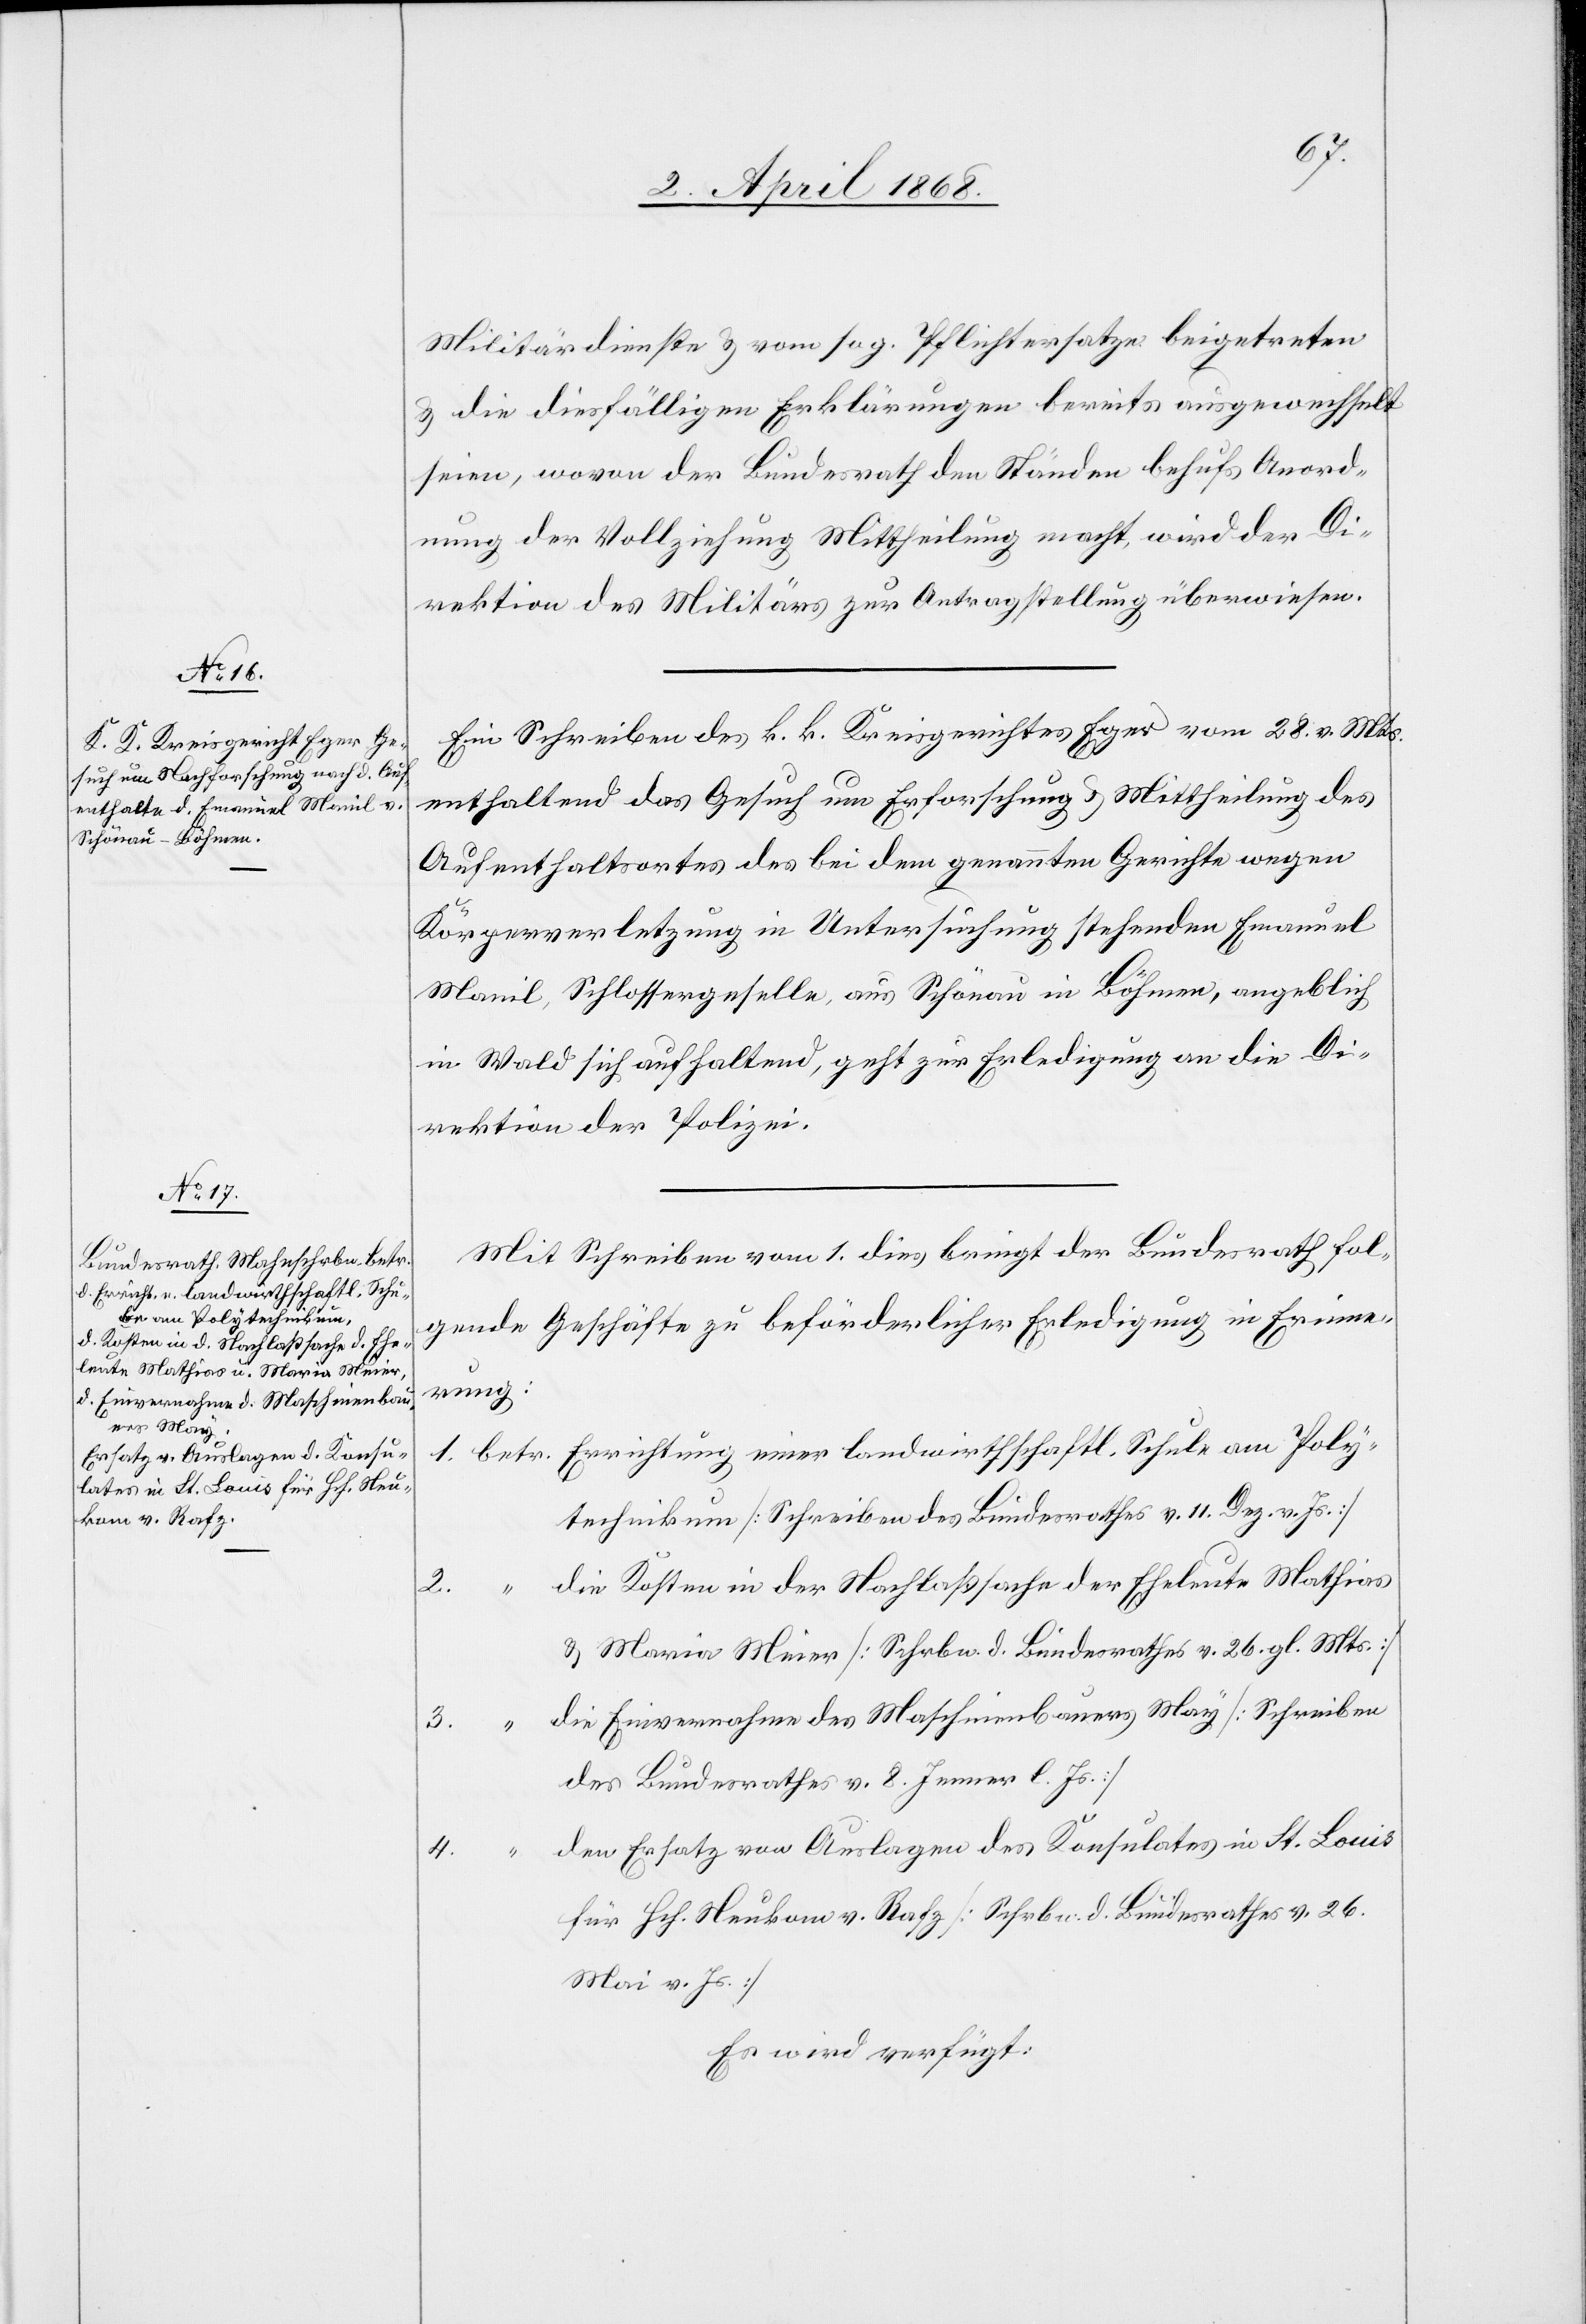
Errichtung einer landwirthschaftl. Schule

2.
3.

Poly¬
Militärdienste & vom sog. Pflichtersatze beigetreten
& die diesfälligen Erklärungen bereits ausgewechselt
seien, wovon der Bundesrath den Ständen behufs Anord¬
nung der Vollziehung Mittheilung macht, wird der Di¬
rektion des Militärs zur Antragstellung überwiesen.
Ein Schreiben des k. k. Kreisgerichtes Eger vom 28. v. Mts.
enthaltend das Gesuch um Erforschung & Mittheilung des
Aufenthaltsortes des bei dem genannten Gerichte wegen
Körperverletzung in Untersuchung stehenden Emanuel
Manil, Schlossergeselle, aus Schönau in Böhmen, angeblich
in Wald sich aufhaltend, geht zur Erledigung an die Di¬
rektion der Polizei.
Mit Schreiben vom 1. dies bringt der Bundesrath fol¬
gende Geschäfte zu beförderlicher Erledigung in Erinne¬
rung:
technikum [Schreiben des Bundesrathes v. 11. Dez. v. Js.]
die Kosten in der Nachlaßsache der Eheleute Mathias
4.
& Maria Meier [Schrbn. d. Bundesrathes v. 26. gl. Mts.]
die Einvernahme des Maschinenbauers May [Schreiben
des Bundesrathes v. 8. Jenner l. Js.]
den Ersatz von Auslagen des Konsulates in St. Louis
für Hch. Neukom v. Rafz [Schrbn. d. Bundesrathes v. 26.
Mai v. Js.]
Es wird verfügt: